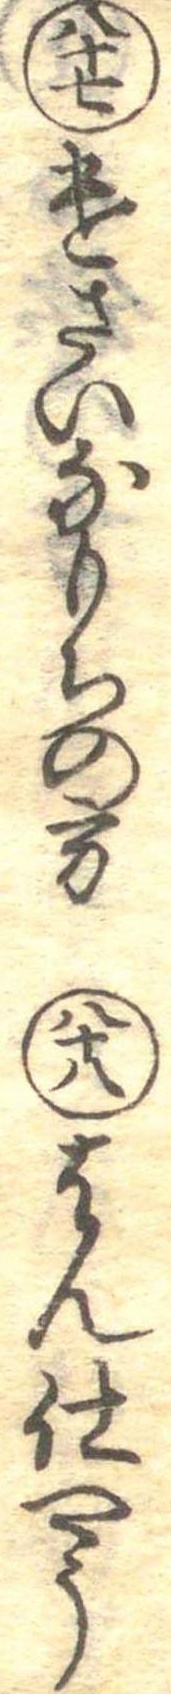
八十七けさいなもちの方八十八はん仕やう